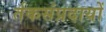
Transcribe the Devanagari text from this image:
र्तकसंप्रदायों